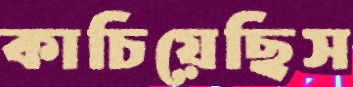
কাচিয়েছিস